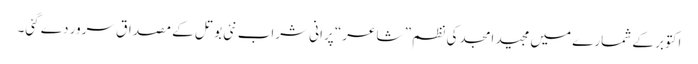
اکتوبر کے شمارے میں مجید امجد کی نظم ” شاعر“ پرانی شراب نئی بوتل کے مصداق سرور دے گئی۔